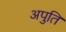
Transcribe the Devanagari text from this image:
अपुति